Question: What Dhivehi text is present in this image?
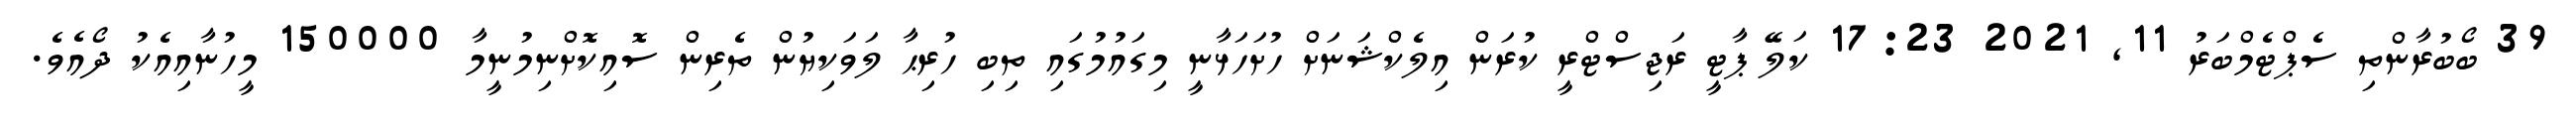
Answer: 39 ބޯބުރާންތި ސެޕްޓެމްބަރު 11, 2021 17:23 ކަލޭ ޕާޓީ ރަޖިސްޓްރީ ކުރަން އިލެކްޝަނަށް ހުށަހަޅާނީ މިގައުމުގައި ތިބި ހުރިޙާ ލަވަކިޔުން ތެރިން ސޮއިކޮށްނިމުނީމާ 150000 މީހުނާއިއެކު ދޯއެވެ.